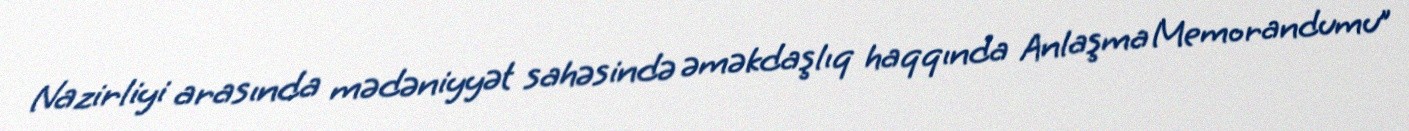
Nazirliyi arasında mədəniyyət sahəsində əməkdaşlıq haqqında Anlaşma Memorandumu”